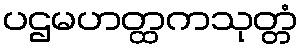
ပဌမဟတ္ထကသုတ္တံ